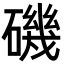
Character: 磯